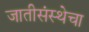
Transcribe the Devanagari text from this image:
जातीसंस्थेचा